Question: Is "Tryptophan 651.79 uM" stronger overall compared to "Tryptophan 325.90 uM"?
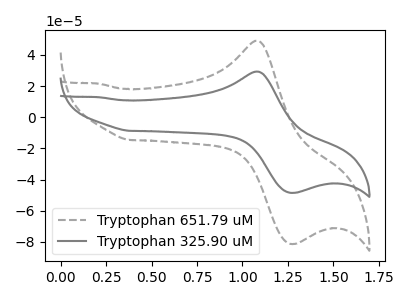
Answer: <think>The gray dashed curve "Tryptophan 651.79 uM" has an anodic peak at (1.10V, 49.10uA) and a cathodic peak at (1.25V, -81.25uA). The gray curve "Tryptophan 325.90 uM" has an anodic peak at (1.10V, 29.30uA) and a cathodic peak at (1.25V, -48.45uA).
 All the peaks in "Tryptophan 651.79 uM" have a peak in "Tryptophan 325.90 uM" at the same potential. Every peak in "Tryptophan 651.79 uM" is higher than every peak in "Tryptophan 325.90 uM".</think>
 <answer>"Tryptophan 651.79 uM" has more signal than "Tryptophan 325.90 uM".</answer>
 <eval>more_signal</eval>